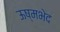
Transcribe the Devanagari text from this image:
ऊष्मभेद